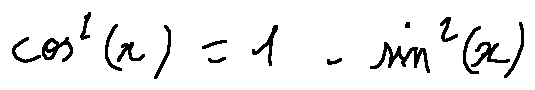
\cos ^ { 2 } ( x ) = 1 - \sin ^ { 2 } ( x )